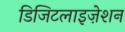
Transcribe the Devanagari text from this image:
डिजिटलाइज़ेशन